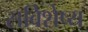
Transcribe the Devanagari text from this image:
सविशेष्य